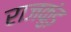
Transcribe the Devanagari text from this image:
राजकुंड़